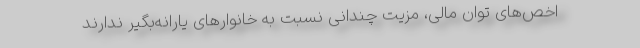
اخص‌های توان مالی، مزیت چندانی نسبت به خانوارهای یارانه‌بگیر ندارند